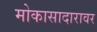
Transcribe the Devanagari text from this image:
मोकासादारावर